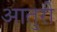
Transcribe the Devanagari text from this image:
आतुरी